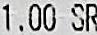
1.00 SR